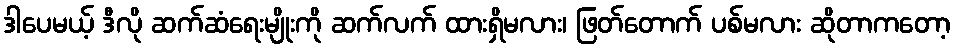
ဒါပေမယ့် ဒီလို ဆက်ဆံရေးမျိုးကို ဆက်လက် ထားရှိမလား၊ ဖြတ်တောက် ပစ်မလား ဆိုတာကတော့